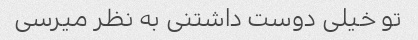
تو خیلی دوست داشتنی به نظر میرسی